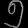
Digit: ၅